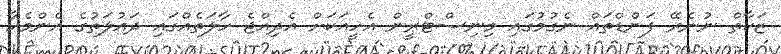
ޒަކާތް ނުނެރޭ ފަންޑްތައް ނެގުމުގައި މިނިސްޓްރީން އެހީއަކަށް އެދިއްޖެ ހާލަތެއްގައި ދައުލަތުގެ އެންމެހާ